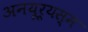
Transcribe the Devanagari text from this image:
अनयूर्यस्म